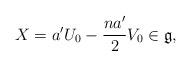
LaTeX: \begin{align*}X=a^\prime U_0-\frac{na^\prime}{2}V_0\in \mathfrak{g},\end{align*}